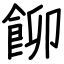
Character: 飹